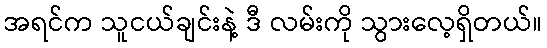
အရင်က သူငယ်ချင်းနဲ့ ဒီ လမ်းကို သွားလေ့ရှိတယ်။